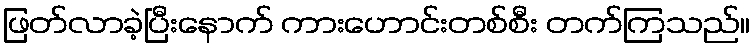
ဖြတ်လာခဲ့ပြီးနောက် ကားဟောင်းတစ်စီး တက်ကြသည်။